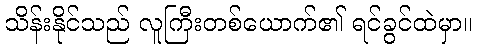
သိန်းနိုင်သည် လူကြီးတစ်ယောက်၏ ရင်ခွင်ထဲမှာ။